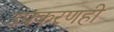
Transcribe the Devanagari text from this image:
उपकरणही